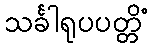
သင်္ခါရုပပတ္တိံ